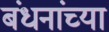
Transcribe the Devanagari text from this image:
बंधनांच्या